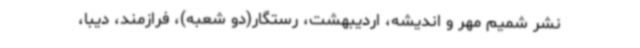
نشر شمیم مهر و اندیشه، اردیبهشت، رستگار(دو شعبه)، فرازمند، دیبا،